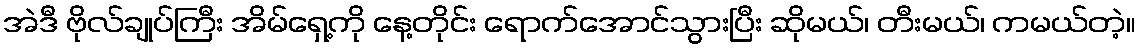
အဲဒီ ဗိုလ်ချုပ်ကြီး အိမ်ရှေ့ကို နေ့တိုင်း ရောက်အောင်သွားပြီး ဆိုမယ်၊ တီးမယ်၊ ကမယ်တဲ့။